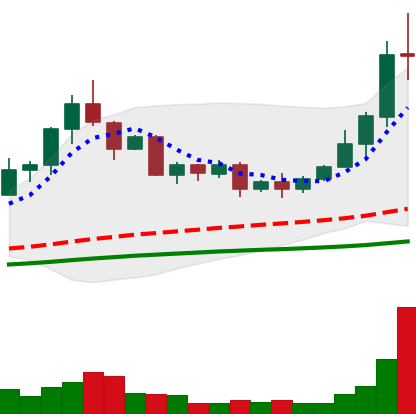
Ticker: TRX-USD
Chart end date: 2020-09-02
Forward return: -6.313%
Label: down_5_7